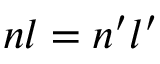
n l = n ^ { \prime } l ^ { \prime }